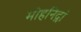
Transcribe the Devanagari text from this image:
मोहनिद्रां